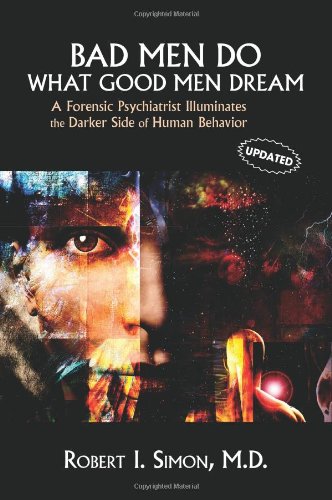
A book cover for Bad Men Do what Good Men Dream: A Forensic Psychiatrist Illuminates the Darker Side of Human Behavior; Robert I. Simon; Medical Books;